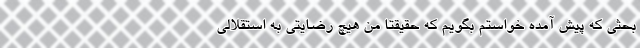
بحثی که پیش آمده خواستم بگویم که حقیقتا من هیچ رضایتی به استقلالی